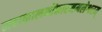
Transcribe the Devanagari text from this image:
महाकालमोंकारममलेश्वरम्